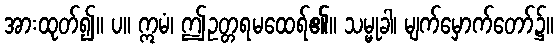
အားထုတ်၍။ ပ။ ဣမံ၊ ဤဥတ္တရမထေရ်၏။ သမ္မုခါ၊ မျက်မှောက်တော်၌။